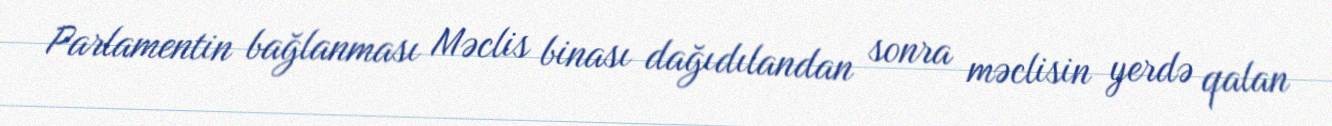
Parlamentin bağlanması Məclis binası dağıdılandan sonra məclisin yerdə qalan